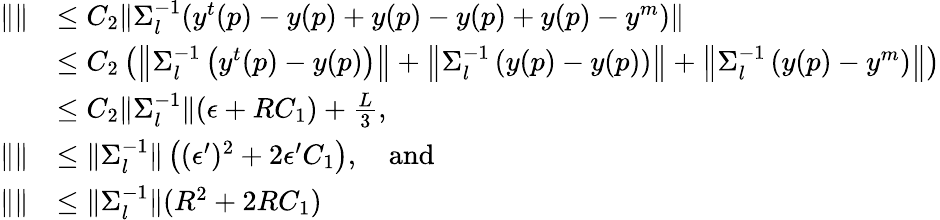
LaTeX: \begin{array}{rl}{\| \| }&{\le C_{2}\| \Sigma_{l}^{-1}(y^{t}(p)-y(p)+y(p)-y(p)+y(p)-y^{m})\| }\\ &{\le C_{2}\left(\left\| \Sigma_{l}^{-1}\left(y^{t}(p)-y(p)\right)\right\| +\left\| \Sigma_{l}^{-1}\left(y(p)-y(p)\right)\right\| +\left\| \Sigma_{l}^{-1}\left(y(p)-y^{m}\right)\right\| \right)}\\ &{\le C_{2}\| \Sigma_{l}^{-1}\| (\epsilon+RC_{1})+\frac{L}{3},}\\ {\| \| }&{\le\| \Sigma_{l}^{-1}\| \left((\epsilon^{\prime})^{2}+2\epsilon^{\prime}C_{1}\right),\quad\mathrm{and}}\\ {\| \| }&{\le\| \Sigma_{l}^{-1}\| (R^{2}+2RC_{1})}\end{array}